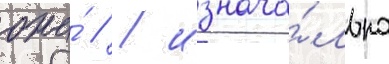
она́ // / изнача́льно